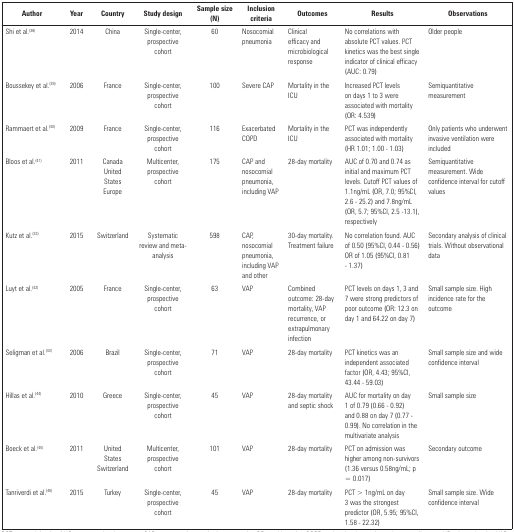
<table><thead><tr><td><b>Author</b></td><td><b>Year</b></td><td><b>Country</b></td><td><b>Study design</b></td><td><b>Sample size (N)</b></td><td><b>Inclusion criteria</b></td><td><b>Outcomes</b></td><td><b>Results</b></td><td><b>Observations</b></td></tr></thead><tbody><tr><td>Shi et al.<sup>(38)</sup></td><td>2014</td><td>China</td><td>Single-center, prospectivecohort</td><td>60</td><td>Nosocomial pneumonia</td><td>Clinical efficacy and microbiological response</td><td>No correlations with absolute PCT values. PCTkinetics was the best single indicator of clinical efficacy(AUC: 0.79)</td><td>Older people</td></tr><tr><td>Boussekey et al.<sup>(39)</sup></td><td>2006</td><td>France</td><td>Single-center, prospectivecohort</td><td>100</td><td>Severe CAP</td><td>Mortality in the ICU</td><td>Increased PCT levels on days 1 to 3 were associatedwith mortality (OR: 4.539)</td><td>Semiquantitative measurement</td></tr><tr><td>Rammaert et al.<sup>(40)</sup></td><td>2009</td><td>France</td><td>Single-center, prospectivecohort</td><td>116</td><td>Exacerbated COPD</td><td>Mortality in the ICU</td><td>PCT was independently associated with mortality (HR1.01; 1.00 - 1.03)</td><td>Only patients who underwent invasive ventilationwere included</td></tr><tr><td>Bloos et al.<sup>(41)</sup></td><td>2011</td><td>Canada United StatesEurope</td><td>Multicenter, prospective cohort</td><td>175</td><td>CAP and nosocomial pneumonia, including VAP</td><td>28-day mortality</td><td>AUC of 0.70 and 0.74 as initial and maximum PCTlevels. Cutoff PCT values of 1.1ng/mL (OR, 7.0; 95%CI, 2.6 -25.2) and 7.8ng/mL (OR, 5.7; 95%CI, 2.5 -13.1),respectively</td><td>Semiquantitative measurement. Wide confidenceinterval for cutoff values</td></tr><tr><td>Kutz et al.<sup>(33)</sup></td><td>2015</td><td>Switzerland</td><td>Systematic review andmeta-analysis</td><td>598</td><td>CAP, nosocomial pneumonia, including VAP andother</td><td>30-day mortality. Treatment failure</td><td>No correlation found. AUC of 0.50 (95%CI, 0.44 -0.56) OR of 1.05 (95%CI, 0.81 - 1.37)</td><td>Secondary analysis of clinical trials. Withoutobservational data</td></tr><tr><td>Luyt et al.<sup>(42)</sup></td><td>2005</td><td>France</td><td>Single-center, prospectivecohort</td><td>63</td><td>VAP</td><td>Combined outcome: 28-day mortality, VAP recurrence,or extrapulmonary infection</td><td>PCT levels on days 1, 3 and 7 were strongpredictors of poor outcome (OR: 12.3 on day 1 and 64.22 on day7)</td><td>Small sample size. High incidence rate for theoutcome</td></tr><tr><td>Seligman et al.<sup>(43)</sup></td><td>2006</td><td>Brazil</td><td>Single-center, prospectivecohort</td><td>71</td><td>VAP</td><td>28-day mortality</td><td>PCT kinetics was an independent associated factor(OR, 4.43; 95%CI, 43.44 - 59.03)</td><td>Small sample size and wide confidence interval</td></tr><tr><td>Hillas et al.<sup>(44)</sup></td><td>2010</td><td>Greece</td><td>Single-center, prospectivecohort</td><td>45</td><td>VAP</td><td>28-day mortality and septic shock</td><td>AUC for mortality on day 1 of 0.79 (0.66 - 0.92)and 0.88 on day 7 (0.77 - 0.99). No correlation in themultivariate analysis</td><td>Small sample size</td></tr><tr><td>Boeck et al.<sup>(45)</sup></td><td>2011</td><td>United States Switzerland</td><td>Multicenter, prospective cohort</td><td>101</td><td>VAP</td><td>28-day mortality</td><td>PCT on admission was higher among non-survivors(1.36 versus 0.58ng/mL; p = 0.017)</td><td>Secondary outcome</td></tr><tr><td>Tanriverdi et al.<sup>(46)</sup></td><td>2015</td><td>Turkey</td><td>Single-center, prospectivecohort</td><td>45</td><td>VAP</td><td>28-day mortality</td><td>PCT &gt; 1ng/mL on day 3 was the strongestpredictor (OR, 5.95; 95%CI, 1.58 - 22.32)</td><td>Small sample size. Wide confidence interval</td></tr></tbody></table>